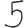
Digit: 5